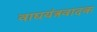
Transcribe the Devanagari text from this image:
वाद्ययंत्रवादक